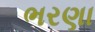
ભરણા